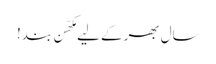
سال بھر کے لیے مکھّن بند!